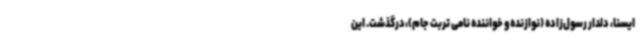
ایسنا، دلدار رسول‌زاده (نوازنده و خواننده نامی تربت جام)،درگذشت. این